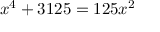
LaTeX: x ^ { 4 } + 3 1 2 5 = 1 2 5 x ^ { 2 }